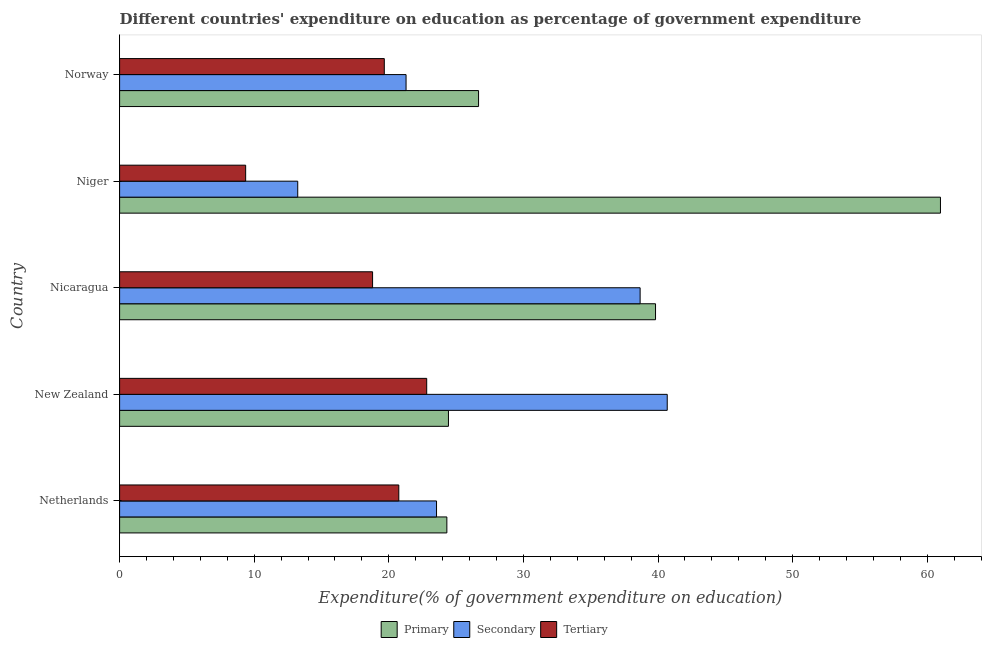
| Country | Primary | Secondary | Tertiary |
 | --- | --- | --- | --- |
 | Netherlands | 24.3 | 23.5 | 20.7 |
 | New Zealand | 24.4 | 40.7 | 22.8 |
 | Nicaragua | 39.8 | 38.7 | 18.8 |
 | Niger | 61 | 13.2 | 9.36 |
 | Norway | 26.7 | 21.3 | 19.7 |